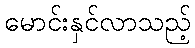
မောင်းနှင်လာသည့်